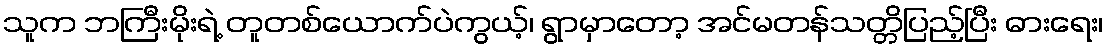
သူက ဘကြီးမိုးရဲ့ တူတစ်ယောက်ပဲကွယ့်၊ ရွာမှာတော့ အင်မတန်သတ္တိပြည့်ပြီး ဓားရေး၊